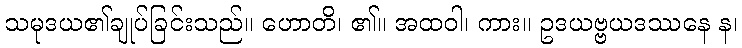
သမုဒယ၏ချုပ်ခြင်းသည်။ ဟောတိ၊ ၏။ အထဝါ၊ ကား။ ဥဒယဗ္ဗယဒဿနေ န၊